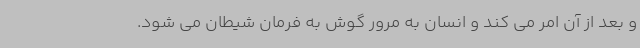
و بعد از آن امر می کند و انسان به مرور گوش به فرمان شیطان می شود.